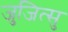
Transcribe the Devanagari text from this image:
जुजित्सु